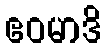
ဧဝမာဒိ